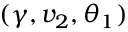
( \gamma , v _ { 2 } , \theta _ { 1 } )